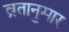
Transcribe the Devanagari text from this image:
व्रतानुसार